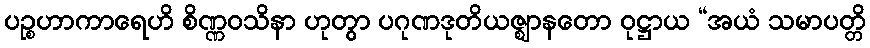
ပဉ္စဟာကာရေဟိ စိဏ္ဏဝသိနာ ဟုတွာ ပဂုဏဒုတိယဇ္ဈာနတော ဝုဋ္ဌာယ “အယံ သမာပတ္တိ